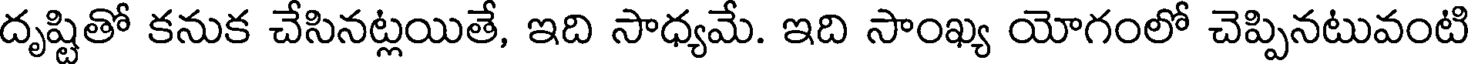
దృష్టితో కనుక చేసినట్లయితే, ఇది సాధ్యమే. ఇది సాంఖ్య యోగంలో చెప్పినటువంటి